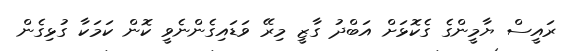
ރައީސް ޔާމީންގެ ގެކޮޅަށް އަބްދު ގާޒީ މިރޭ ވަޑައިގެންނެވީ ކޮން ކަމަކާ ގުޅިގެން